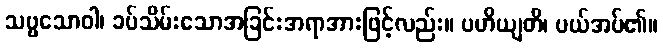
သဗ္ဗသောဝါ၊ ခပ်သိမ်းသောအခြင်းအရာအားဖြင့်လည်း။ ပဟိယျတိ၊ ပယ်အပ်၏။